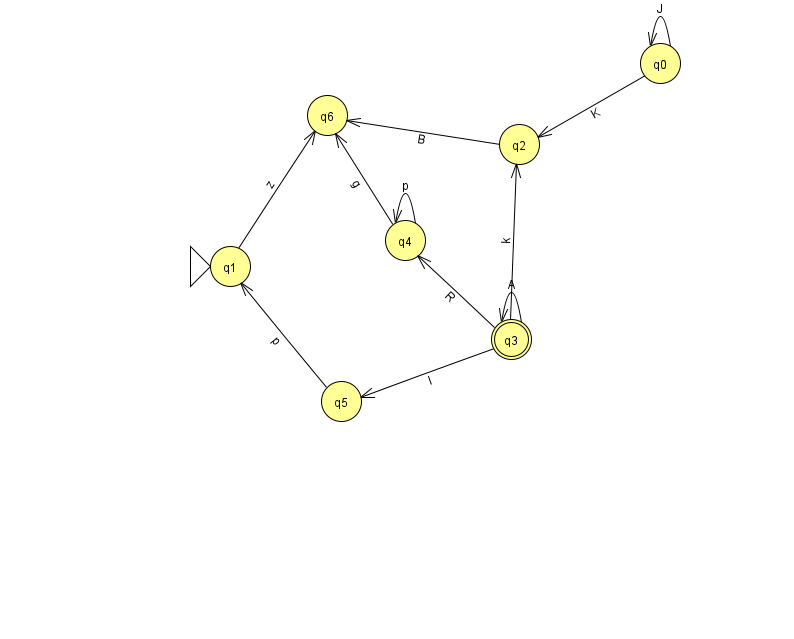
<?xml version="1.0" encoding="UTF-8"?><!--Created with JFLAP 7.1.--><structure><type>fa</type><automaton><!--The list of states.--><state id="0" name="q0"><x>660.0</x><y>50.0</y></state><state id="1" name="q1"><x>230.0</x><y>253.0</y><initial/></state><state id="2" name="q2"><x>519.0</x><y>131.0</y></state><state id="3" name="q3"><x>511.0</x><y>326.0</y><final/></state><state id="4" name="q4"><x>405.0</x><y>227.0</y></state><state id="5" name="q5"><x>341.0</x><y>388.0</y></state><state id="6" name="q6"><x>327.0</x><y>102.0</y></state><!--The list of transitions.--><transition><from>0</from><to>2</to><read>K</read></transition><transition><from>4</from><to>4</to><read>p</read></transition><transition><from>5</from><to>1</to><read>p</read></transition><transition><from>3</from><to>3</to><read>A</read></transition><transition><from>4</from><to>6</to><read>g</read></transition><transition><from>3</from><to>5</to><read>I</read></transition><transition><from>1</from><to>6</to><read>z</read></transition><transition><from>0</from><to>0</to><read>J</read></transition><transition><from>3</from><to>4</to><read>R</read></transition><transition><from>2</from><to>6</to><read>B</read></transition><transition><from>3</from><to>2</to><read>k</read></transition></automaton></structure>